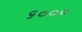
૬૦૦૦